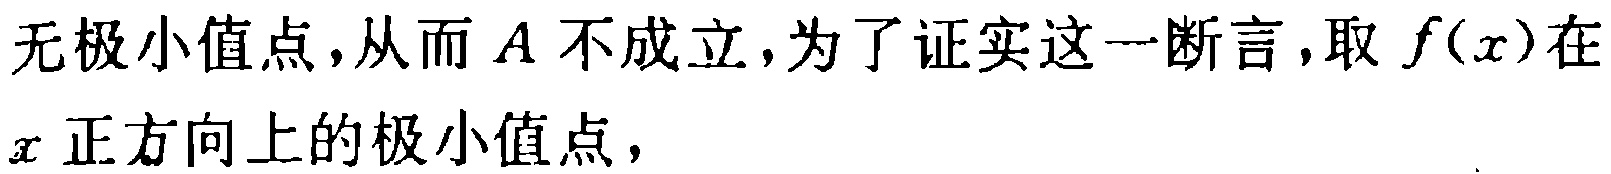
无极小值点,从而 \(A\) 不成立,为了证实这一断言,取 \(f(x)\) 在 \(x\) 正方向上的极小值点，